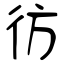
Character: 彷